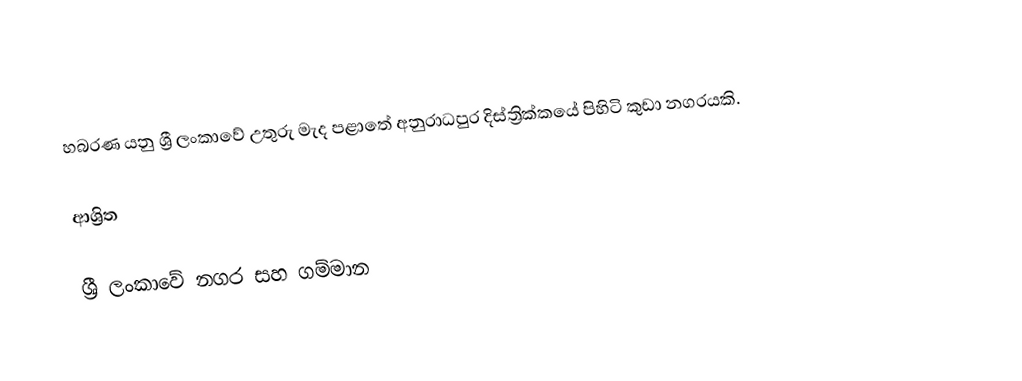
හබරණ යනු ශ්‍රී ලංකාවේ උතුරු මැද පළාතේ අනුරාධපුර දිස්ත්‍රික්කයේ පිහිටි කුඩා නගරයකි.

ආශ්‍රිත

ශ්‍රී ලංකාවේ නගර සහ ගම්මාන